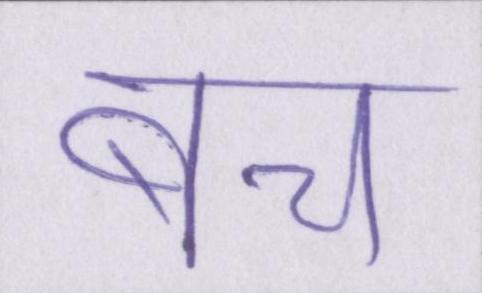
बच